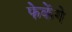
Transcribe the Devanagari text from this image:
फेकेंगे